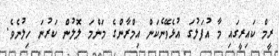
ރީމް ކައިރީގައި މާ އުފަލުގަ އުޅެވޭނެކަން އިމްރާންގެ މަންމަ ލޮލުން ކަރުނަ ހިލުނެވެ.